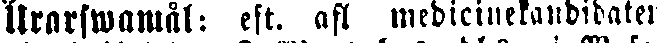
Ilrarswamål: eft. afl medicinekandidaten